Lunatic asylums Central Provinces reports 1895-1909 - 1895-1909
Year: 1895
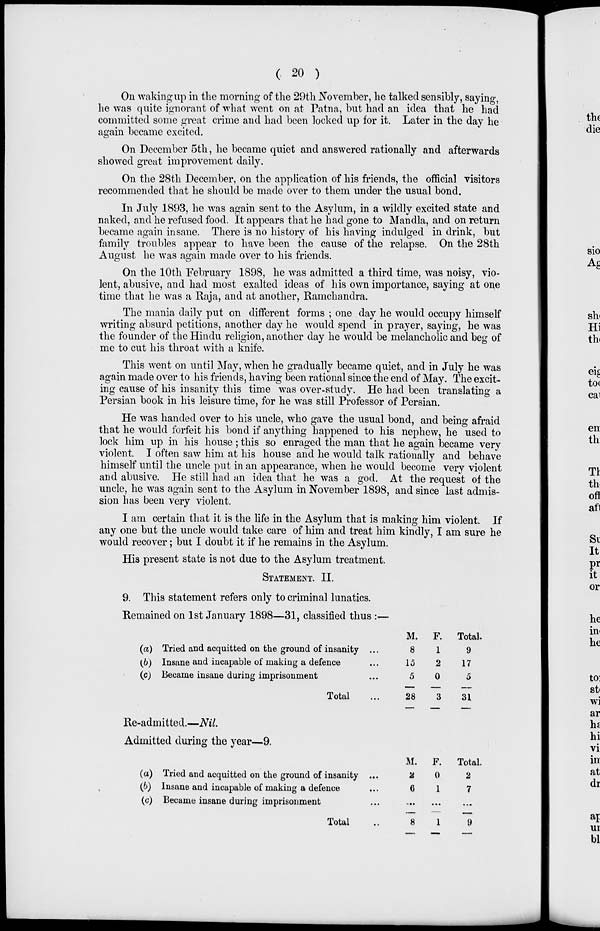
( 20 )
On waking up in the morning of the 29th November, he talked sensibly, saying,
he was quite ignorant of what went on at Patna, but had an idea that he had
committed some great crime and had been locked up for it. Later in the day he
again became excited.
On December 5th, he became quiet and answered rationally and afterwards
showed great improvement daily.
On the 28th December, on the application of his friends, the official visitors
recommended that he should be made over to them under the usual bond.
In July 1893, he was again sent to the Asylum, in a wildly excited state and
naked, and he refused food. It appears that he had gone to Mandla, and on return
became again insane. There is no history of his having indulged in drink, but
family troubles appear to have been the cause of the relapse. On the 28th
August he was again made over to his friends.
On the 10th February 1898, he was admitted a third time, was noisy, vio-
lent, abusive, and had most exalted ideas of his own importance, saying at one
time that he was a Raja, and at another, Ramchandra.
The mania daily put on different forms ; one day he would occupy himself
writing absurd petitions, another day he would spend in prayer, saying, he was
the founder of the Hindu religion, another day he would be melancholic and beg of
me to cut his throat with a knife.
This went on until May, when he gradually became quiet, and in July he was
again made over to his friends, having been rational since the end of May. The excit-
ing cause of his insanity this time was over-study. He had been translating a
Persian book in his leisure time, for he was still Professor of Persian.
He was handed over to his uncle, who gave the usual bond, and being afraid
that he would forfeit his bond if anything happened to his nephew, he used to
lock him up in his house ; this so enraged the man that he again became very
violent. I often saw him at his house and he would talk rationally and behave
himself until the uncle put in an appearance, when he would become very violent
and abusive. He still had an idea that he was a god. At the request of the
uncle, he was again sent to the Asylum in November 1898, and since last admis-
sion has been very violent.
I am certain that it is the life in the Asylum that is making him violent. If
any one but the uncle would take care of him and treat him kindly, I am sure he
would recover; but I doubt it if he remains in the Asylum.
His present state is not due to the Asylum treatment.
STATEMENT. II.
9. This statement refers only to criminal lunatics.
Remained on 1st January 1898—31, classified thus :—
(a)
(b)
(c)
Tried and acquitted on the ground of insanity ...
Insane and incapable of making a defence ...
Became insane during imprisonment ...
Total ...
M.
8
15
5
28
F.
1
2
0
3
Total.
9
17
5
31
Re-admitted.—Nil.
Admitted during the year—9.
(a)
(b)
(c)
Tried and acquitted on the ground of insanity ...
Insane and incapable of making a defence ...
Became insane during imprisonment ...
Total ...
M.
2
6
...
8
F.
0
1
...
1
Total.
2
7
...
9